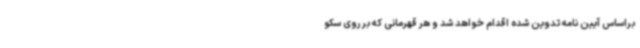
براساس آیین نامه تدوین شده اقدام خواهد شد و هر قهرمانی که بر روی سکو